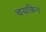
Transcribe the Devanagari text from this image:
चयकिन